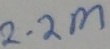
Text: 2.2Ω